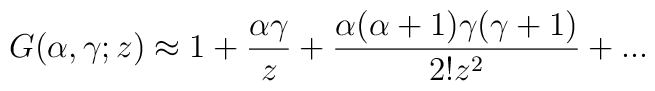
G({\alpha},{\gamma};z) \approx 1 + \frac{{\alpha}{\gamma}}{z}+ \frac{{\alpha}({\alpha}+1){\gamma}({\gamma}+1)}{2!z^2}+ . . .